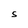
Character: s